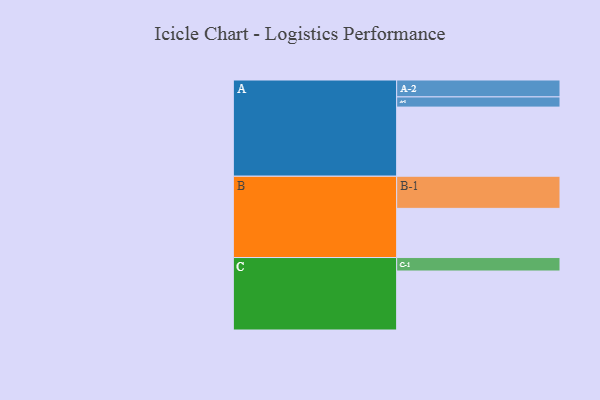
{"axis": {"x": "Segment", "y": "Value"}, "legend": ["", "A", "B", "C"], "data": [{"x": "A", "y": 564, "type": ""}, {"x": "B", "y": 401, "type": ""}, {"x": "C", "y": 481, "type": ""}, {"x": "A-1", "y": 83, "type": "A"}, {"x": "A-2", "y": 138, "type": "A"}, {"x": "B-1", "y": 262, "type": "B"}, {"x": "C-1", "y": 110, "type": "C"}]}